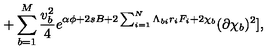
+ \sum _ { b = 1 } ^ { M } { \frac { v _ { b } ^ { 2 } } { 4 } } e ^ { \alpha \phi + 2 s B + 2 \sum _ { i = 1 } ^ { N } \Lambda _ { b i } r _ { i } F _ { i } + 2 \chi _ { b } } ( \partial \chi _ { b } ) ^ { 2 } ] ,